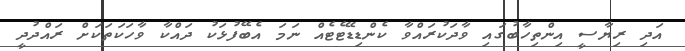
އަދި ރިޔާސީ އިންތިހާބުގައި ވާދަކުރައްވާ ކެންޑިޑޭޓެޓެއް ނަމަ އެބޭފުޅަކު ދައްކާ ވާހަކަތަކަށް ރައްދުދީ